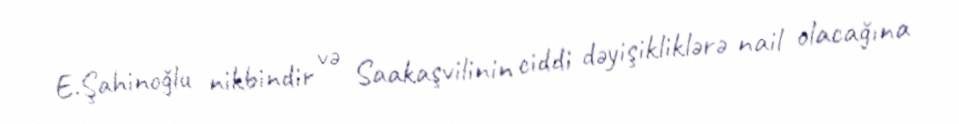
E.Şahinoğlu nikbindir və Saakaşvilinin ciddi dəyişikliklərə nail olacağına